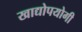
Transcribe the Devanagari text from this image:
खाद्योपयोगी